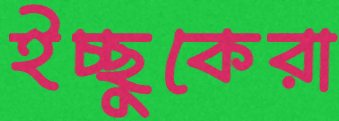
ইচ্ছুকেরা